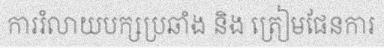
ការរំលាយបក្សប្រឆាំង និង ត្រៀមផែនការ